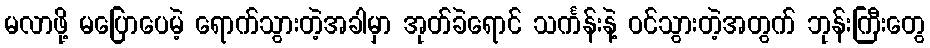
မလာဖို့ မပြောပေမဲ့ ရောက်သွားတဲ့အခါမှာ အုတ်ခဲရောင် သင်္ကန်းနဲ့ ဝင်သွားတဲ့အတွက် ဘုန်းကြီးတွေ